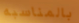
بالمناسبه